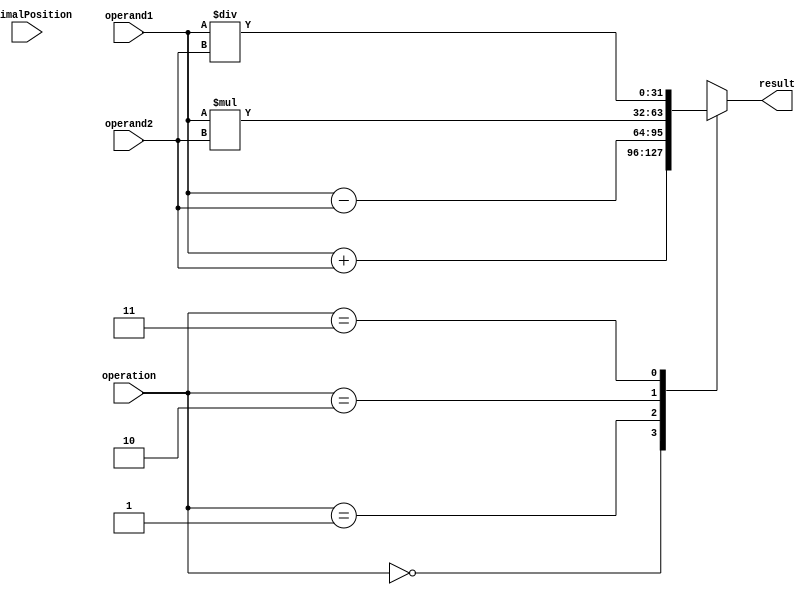
module FixedPointFloatingPointUnit(
    input [31:0] operand1,
    input [31:0] operand2,
    input [7:0] decimalPosition,
    input [1:0] operation,
    output reg[31:0] result
);

always @(operand1, operand2, decimalPosition, operation) begin
    case(operation)
        2'b00: result = operand1 + operand2; // addition
        2'b01: result = operand1 - operand2; // subtraction
        2'b10: result = operand1 * operand2; // multiplication
        2'b11: result = operand1 / operand2; // division
    endcase
end

endmodule